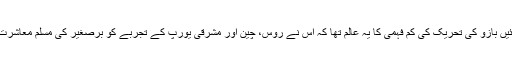
اس سلسلے میں بائیں بازو کی تحریک کی کم فہمی کا یہ عالم تھا کہ اس نے روس، چین اور مشرقی یورپ کے تجربے کو برصغیر کی مسلم معاشرت پر منطبق کردیا۔